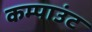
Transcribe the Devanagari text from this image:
कम्पाउंट